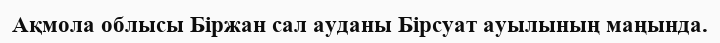
Ақмола облысы Біржан сал ауданы Бірсуат ауылының маңында.